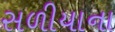
સળીયાના